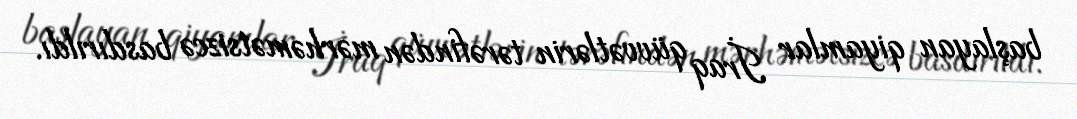
başlayan qiyamlar İraq qüvvətlərin tərəfindən mərhəmətsizcə basdırıldı.